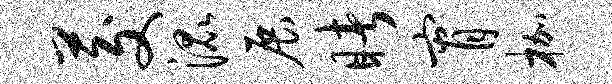
茭混展睹宵枷